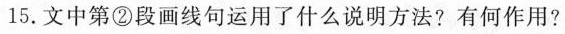
15.文中第②段画线句运用了什么说明方法?有何作用?